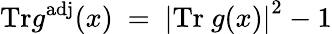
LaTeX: \mathrm{Tr}g^{\mathrm{adj}}(x)~=~\left|\mathrm{Tr}~g(x)\right|^{2}-1